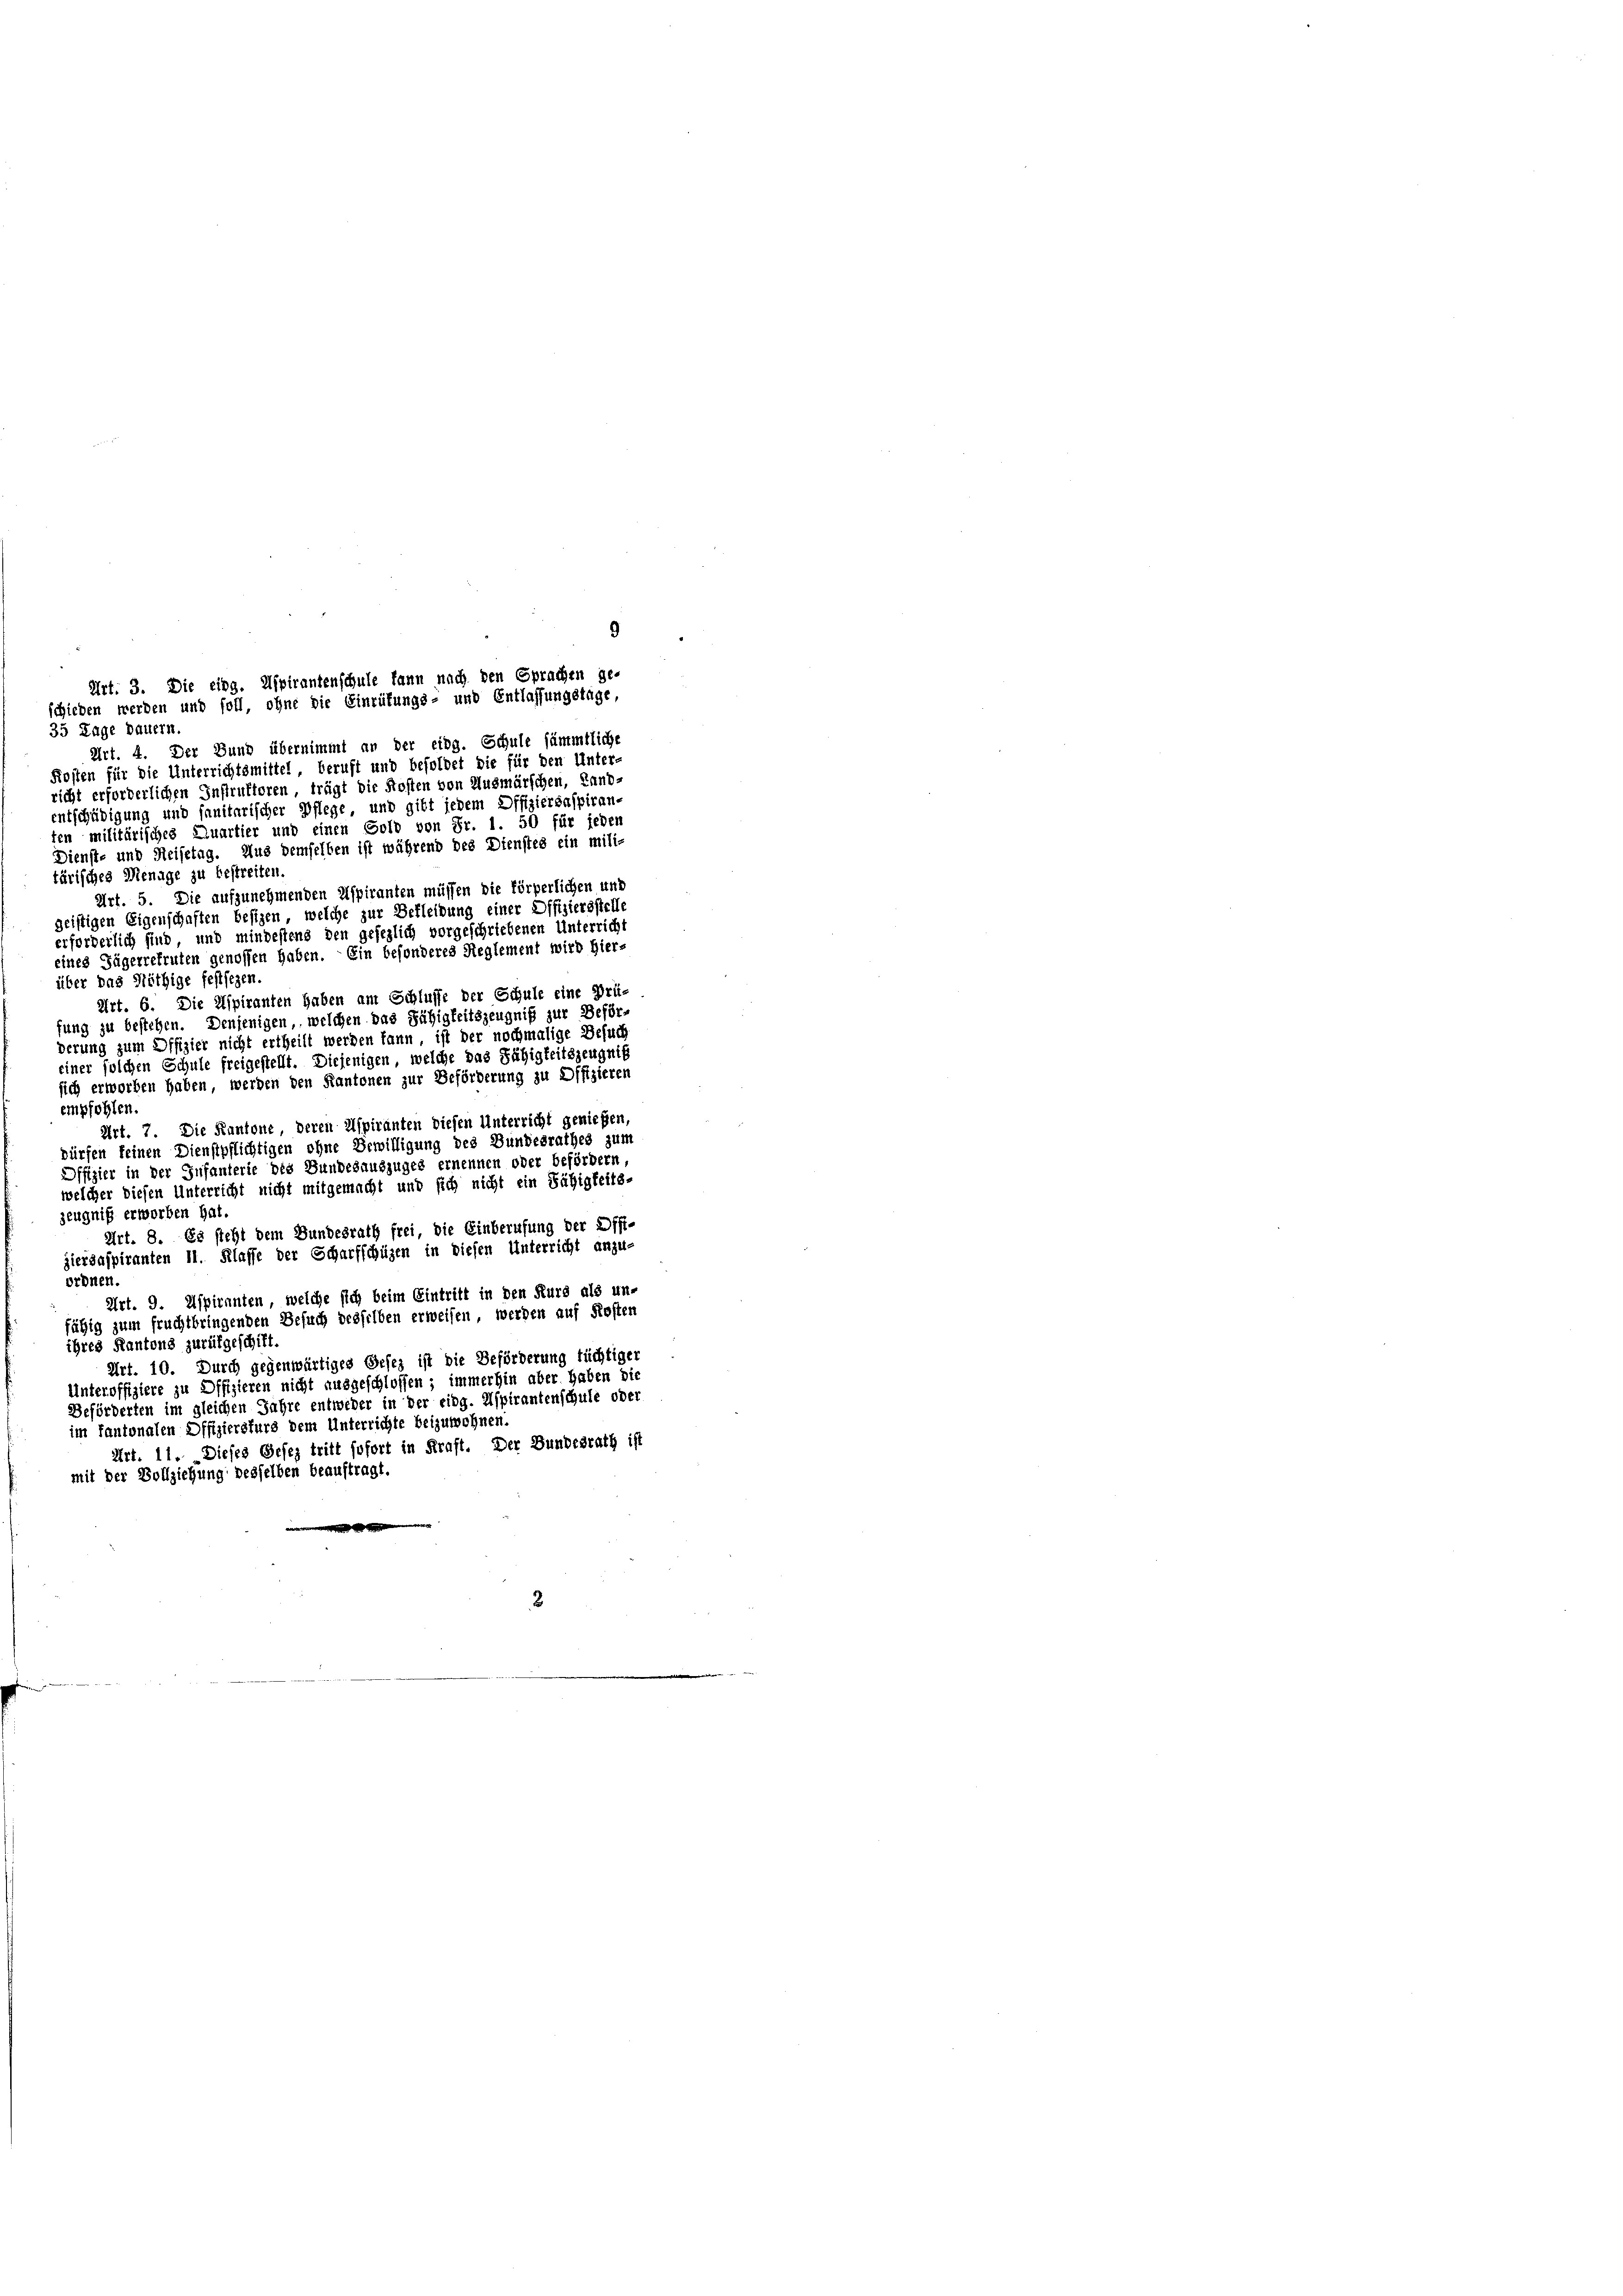
35 Tage dauern.
Art. 4. Der Bund übernimmt an der eidg. Schule sämmtliche
Kosten für die Unterrichtsmittel beruft und besoldet die für den Unter-
richt erforderlichen Instruktoren, trägt die Kosten von Ausmärschen, Land-
entschädigung und sanitarischer Pflege, und gibt jedem Offiziersaspiran-
ten militärisches Quartier und einen Gold von Fr. 1. 50 für jeden
Dienst- und Heisetag. Aus demselben ist während des Dienstes ein mili-
tärisches Menage zu bestreiten.
Art. 5. Die aufzunehmenden Aspiranten müssen die körperlichen und
geistigen Eigenschaften besizen, welche zur Bekleidung einer Offiziersstelle
erforderlich sind, und mindestens den gefeglich vorgeschriebenen Unterricht
eines Jägerrefruten genossen haben. Ein besonderes Reglement wird hier-
über das Nöthige festsezen.
Art. 6. Die Aspiranten haben am Schlusse der Schule eine Prü-
fung zu bestehen. Denjenigen, welchen das Fähigkeitszeugniß zur Beförderung zum Offizier nicht ertheilt werden kann, ist der nochmalige Besuch
einer solchen Schule freigestellt. Diejenigen, welche das Fähigkeitszeugnis
sich erworben haben, werden den Kantonen zur Beförderung zu Offizieren
empfohlen.
Art. 7. Die Kantone, deren Aspiranten diesen Unterricht genießen,
dürfen keinen Dienstpflichtigen ohne Bewilligung des Bundesrathes zum
Offizier in der Infanterie des Bundesauszuges ernennen oder befördern,
welcher diesen Unterricht nicht mitgemacht und sich nicht ein Fähigkeits-
zeugnis erworben hat.
Art. 8. Es steht dem Bundesrath frei, die Einberufung der Offiziergaspiranten II. Klasse der Scharfschüzen in diesen Unterricht anzu-
ordnen.
Art. 9. Aspiranten, welche sich beim Eintritt in den Kurs als un-
fähig zum fruchtbringenden Besuch desselben erweisen werden auf Kosten
ihres Kantons zurükgeschitt.
Art. 10. Durch gegenwärtiges Gesez ist die Beförderung tüchtiger
Unteroffiziere zu Offizieren nicht ausgeschlossen; immerhin aber haben die
Beförderten im gleichen Jahre entweder in der eidg. Aspirantenschule oder
im Kantonalen Offiziersfurs dem Unterrichte beizuwohnen
Art. 11. Dieses Gesez tritt sofort in Kraft. Der Bundesrath ist
mit der Vollziehung desselben beauftragt.

9
Art. 3. Die eing. Aspirantenschule kann nach den Sprachen ge-
schieden werden und soll, ohne die Einrüfungs- und Entlassungstage,